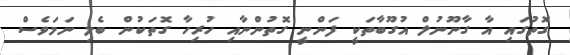
ގޮތުގައި އާ ގާނޫނުލް އުގޫބާތަކީ ފަންނީ ގޮތުންނާއި ހުރިހާ ގޮތަކުން ބެލި ނަމަވެސް